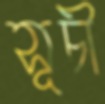
সূচী